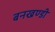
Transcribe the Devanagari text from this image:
बनखण्डी